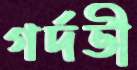
গর্দভী